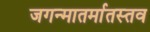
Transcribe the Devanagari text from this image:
जगन्मातर्मातस्तव